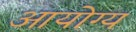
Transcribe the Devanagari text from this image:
आयोग्य